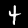
Label: 4